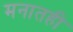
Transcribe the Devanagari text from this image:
मनातही